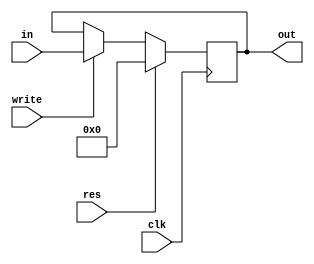
`timescale 1ns / 1ps
//////////////////////////////////////////////////////////////////////////////////
// Company: 
// Engineer: 
// 
// Design Name: 
// Module Name: PC
// Project Name: 
// Target Devices: 
// Tool Versions: 
// Description: 
// 
// Dependencies: 
// 
// Revision:
// Revision 0.01 - File Created
// Additional Comments:
// 
//////////////////////////////////////////////////////////////////////////////////


module PC( input clk, res,write,
           input [31:0] in,
           output reg [31:0] out
    );
    
 always@(posedge clk )
     begin
     if(res == 1)
        begin
            out = 0;
        end
     else
        begin
         if (write == 1)
             begin 
                out = in;
          end
       end
   end
    
    
endmodule